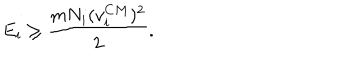
E _ { i } \ge \frac { m N _ { i } ( v _ { i } ^ { C M } ) ^ { 2 } } { 2 } .